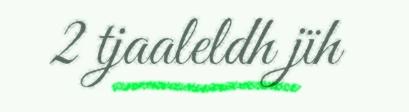
2 tjaaleldh jïh